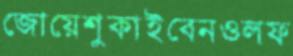
জোয়েশুকাইবেনওলফ